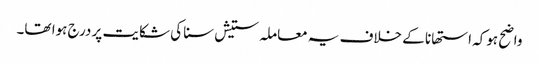
واضح ہوکہ استھانا کے خلاف یہ معاملہ ستیش سنا کی شکایت پر درج ہوا تھا۔